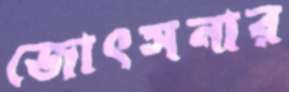
জোৎসনার